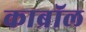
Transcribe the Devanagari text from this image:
काब्रॉल